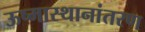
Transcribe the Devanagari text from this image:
ऊष्मास्थानांतरण